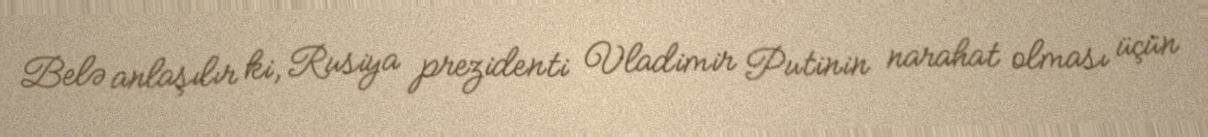
Belə anlaşılır ki, Rusiya prezidenti Vladimir Putinin narahat olması üçün